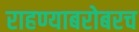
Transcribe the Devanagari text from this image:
राहण्याबरोबरच